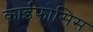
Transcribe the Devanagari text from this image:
काईफोसिस